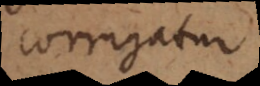
corrigatur